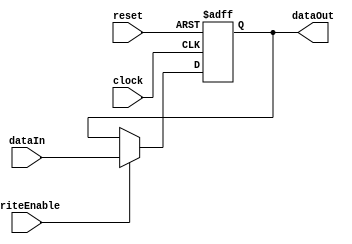
// tags: 

/* SUMMARY:
Creates a register of the specified width
*/

module Register #(
        parameter DATA_BUS_WIDTH = 64
    ) (
        input reset,
        input clock,
        input writeEnable,

        input [DATA_BUS_WIDTH-1:0] dataIn,
        output reg [DATA_BUS_WIDTH-1:0] dataOut
    );

    initial begin
        dataOut = 0;
    end

    always @ (posedge clock, posedge reset)
        if (reset)
            dataOut <= 0;
        else if (writeEnable)
            dataOut <= dataIn;
            
    
endmodule